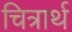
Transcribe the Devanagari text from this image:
चित्रार्थ